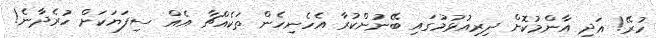
ހުރޭ! އަދި އާންމުކޮށް ދިރިއުޅުމުގައި ބޭނުންކުރާ އެހެނިހެން ތަކެއްޗާ އެއް ސިފަޔަކަށް ހުރެދާނެ!